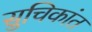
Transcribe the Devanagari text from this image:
सुचिकांत